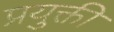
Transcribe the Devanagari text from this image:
प्रयुक्ती